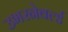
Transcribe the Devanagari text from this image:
उभरनेवर्ल्ड